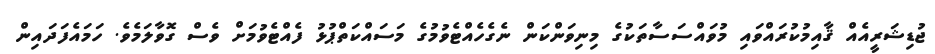
ޖުޑިޝަރީއެއް ޤާއިމުކުރައްވައި މުވައްސަސާތަކުގެ މިނިވަންކަން ނެގެހެއްޓެވުމުގެ މަސައްކަތްޕުޅު ފެއްޓެވުމަށް ވެސް ގޮވާލަމެވެ. ހަމައެފަދައިން